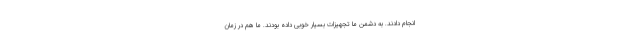
انجام دادند. به دشمن ما تجهیزات بسیار خوبی داده بودند. ما هم در زمان